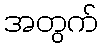
အတွက်